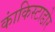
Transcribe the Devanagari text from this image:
कांकिस्टाडोर